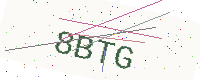
Text: 8BTG